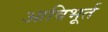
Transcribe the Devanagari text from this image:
आविभूर्त